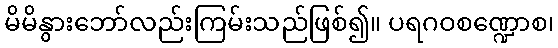
မိမိနွားဘော်လည်းကြမ်းသည်ဖြစ်၍။ ပရဂဝစဏ္ဍောစ၊